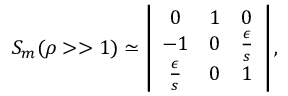
S _ { m } ( \rho > > 1 ) \simeq \left| \begin{array} { c c c } { { 0 } } & { { 1 } } & { { 0 } } \\ { { - 1 } } & { { 0 } } & { { \frac { \epsilon } { s } } } \\ { { \frac { \epsilon } { s } } } & { { 0 } } & { { 1 } } \end{array} \right| ,